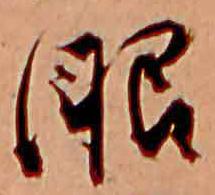
眼